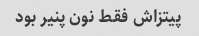
پیتزاش فقط نون پنیر بود